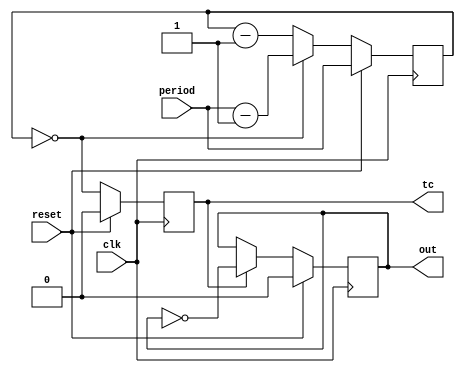
// clk_diag.v - divide clock input by N as visible diagnostic
// 2009-01-15 E. Brombaugh

module clk_diag(clk, reset, period, tc, out);
	parameter bits = 32;			// bits in divider - must accept period
	
	input clk;					// Clock input to check
	input reset;				// POR
	input [bits-1:0] period;	// Count Period
	output tc;					// terminal count
	output out;					// diagnostic flash output
	
	// main divider
	reg [bits-1:0] cntr;
	always @(posedge clk)
		if(reset)
			cntr <= period;
		else
		begin
			if(cntr == 0)
				cntr <= period - 1;
			else
				cntr <= cntr - 1 ;
		end
	
	// terminal count detector
	reg tc;
	always @(posedge clk)
		if(reset)
			tc <= 1'b0;
		else
			tc <= (cntr == 0);
		
	// divide by 2 for visibility
	reg out;
	always @(posedge clk)
		if(reset)
			out <= 0;
		else
		begin
			if(tc)
				out <= ~out;
		end
endmodule